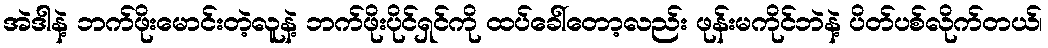
အဲဒါနဲ့ ဘက်ဖိုးမောင်းတဲ့လူနဲ့ ဘက်ဖိုးပိုင်ရှင်ကို ထပ်ခေါ်တော့လည်း ဖုန်းမကိုင်ဘဲနဲ့ ပိတ်ပစ်လိုက်တယ်၊